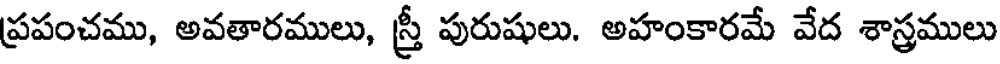
ప్రపంచము, అవతారములు, స్త్రీ పురుషులు. అహంకారమే వేద శాస్త్రములు